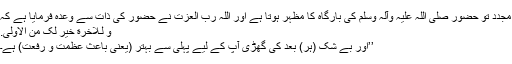
مجدد تو حضور صلی اللہ علیہ وآلہ وسلم کی بارگاہ کا مظہر ہوتا ہے اور اللہ رب العزت نے حضور کی ذات سے وعدہ فرمایا ہے کہ
وَ لَـلْاٰخِرَةُ خَیْرٌ لَّکَ مِنَ الْاُوْلٰی.
’’اور بے شک (ہر) بعد کی گھڑی آپ کے لیے پہلی سے بہتر (یعنی باعثِ عظمت و رفعت) ہے۔